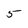
Character: 5